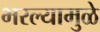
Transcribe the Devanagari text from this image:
भरल्यामुळे